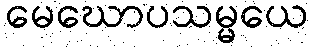
မေဃောပသမ္မယေ